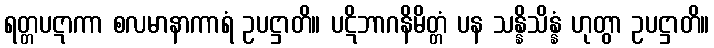
ရတ္တပဋာကာ စလမာနာကာရံ ဥပဋ္ဌာတိ။ ပဋိဘာဂနိမိတ္တံ ပန သန္နိသိန္နံ ဟုတွာ ဥပဋ္ဌာတိ။